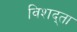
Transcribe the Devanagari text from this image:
विशद्ता